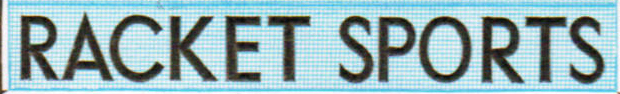
RACKET SPORTS